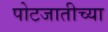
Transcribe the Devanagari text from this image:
पोटजातीच्या